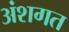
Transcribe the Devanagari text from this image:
अंशगत